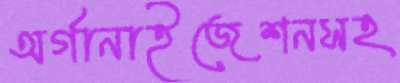
অর্গানাইজেশনসহ